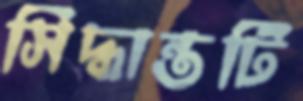
সিদ্ধান্তটি